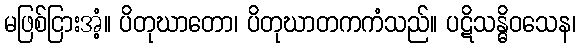
မဖြစ်ငြားအံ့။ ပိတုဃာတော၊ ပိတုဃာတကကံသည်။ ပဋိသန္ဓိဝသေန၊